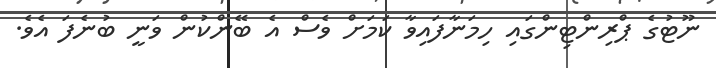
ނޫޓުގެ ޕްރިންޓިންގައި ހިމަނާފައިވާ ކަމަށް ވެސް އެ ބޭންކުން ވަނީ ބުނެފަ އެވެ.